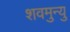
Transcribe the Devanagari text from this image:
शवमुन्यु